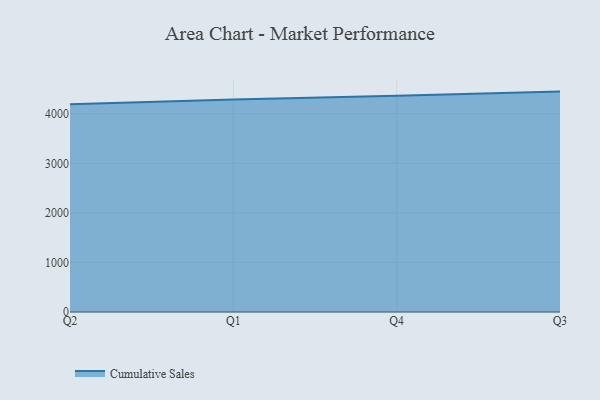
{"axis": {"x": "Quarter", "y": "Latency (ms)"}, "legend": ["Cumulative Sales"], "data": [{"x": "Q2", "y": 4190.5, "type": "Cumulative Sales"}, {"x": "Q1", "y": 4287.1, "type": "Cumulative Sales"}, {"x": "Q4", "y": 4364.5, "type": "Cumulative Sales"}, {"x": "Q3", "y": 4447.6, "type": "Cumulative Sales"}]}